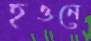
হওনে